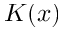
K ( x )